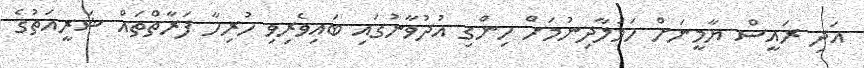
އަދި ރައީސް ޔާމީނަށް ހަމަލާދިނުމަށް ހިންގި އުދުވާނުގައި ބައިވެރިވި ހުރިހާ ފަރާތްތައް ޝަރީއަތުގެ